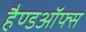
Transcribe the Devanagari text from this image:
हैण्डऑफ्स